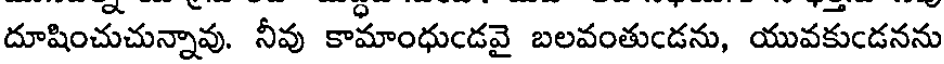
దూషించుచున్నావు. నీవు కామాంధుండవై బలవంతుండను, యువకుండనను